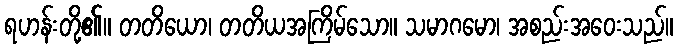
ရဟန်းတို့၏။ တတိယော၊ တတိယအကြိမ်သော။ သမာဂမော၊ အစည်းအဝေးသည်။